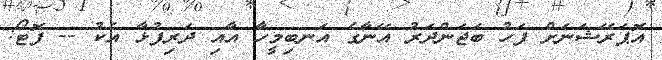
އޮޕަރޭޝަނަށް ފަހު ބަޖަންދަރު އޭނާގެ އަނބިމީހާ އާއި ދަރިފުޅާ އެކު -- ފޮޓޯ: